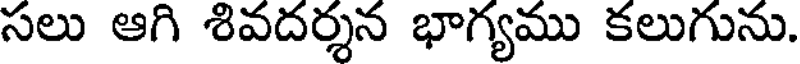
సలు ఆగి శివదర్శన భాగ్యము కలుగును.